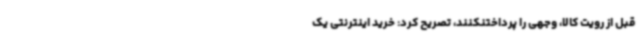
قبل از رویت کالا، وجهی را پرداختنکنند، تصریح کرد: خرید اینترنتی یک